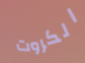
الكروت